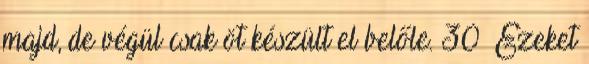
majd, de végül csak öt készült el belőle. 30 Ezeket